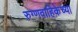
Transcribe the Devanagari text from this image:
रुग्णवाहिकेच्या